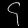
Digit: ၄